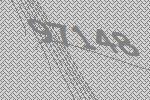
97148